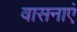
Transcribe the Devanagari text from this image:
वासनाएं